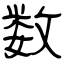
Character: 数